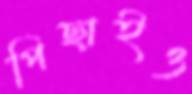
পিছাইও